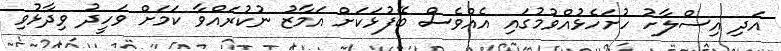
އަދި އިސްލާހު ހުށަހެޅުއްވުމުގައި އެއްވެސް ބޭފުޅަކަށް އަމާޒު ނުކުރައްވާ ކަމަށް ވަހީދު ވިދާޅުވި